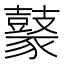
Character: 𪔟